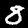
Digit: 8